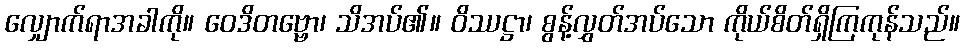
လျှောက်ရာအခါကို။ ဝေဒိတဗ္ဗော၊ သိအပ်၏။ ဝိဿဋ္ဌာ၊ စွန့်လွှတ်အပ်သော ကိုယ်စိတ်ရှိကြကုန်သည်။